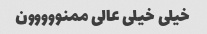
خیلی خیلی عالی ممنووووون